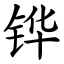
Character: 铧